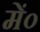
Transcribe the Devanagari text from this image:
में०